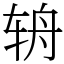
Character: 辀